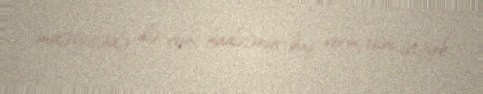
müəssisədə də eyni hadisənin baş verməsini istəyib.